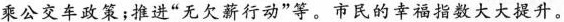
乘公交车政策；推进“无欠薪行动”等。市民的幸福指数大大提升。